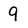
Character: 9